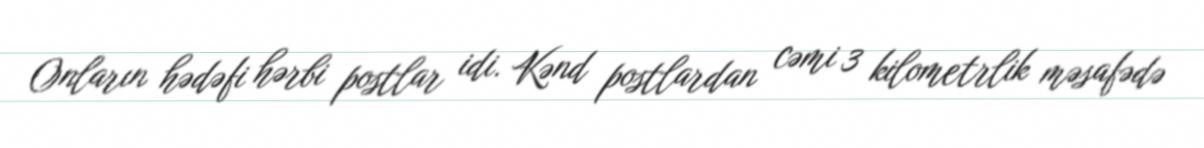
Onların hədəfi hərbi postlar idi. Kənd postlardan cəmi 3 kilometrlik məsafədə